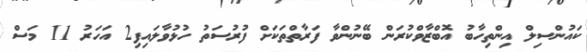
ކައުންސިލް އިންތިހާބު އޮބްޒާވްކުރަން ބޭނުންވާ ފަރާތްތަކަށް ފުރުސަތު ހުޅުވާލައިފި2 އަހަރު 11 މަސް